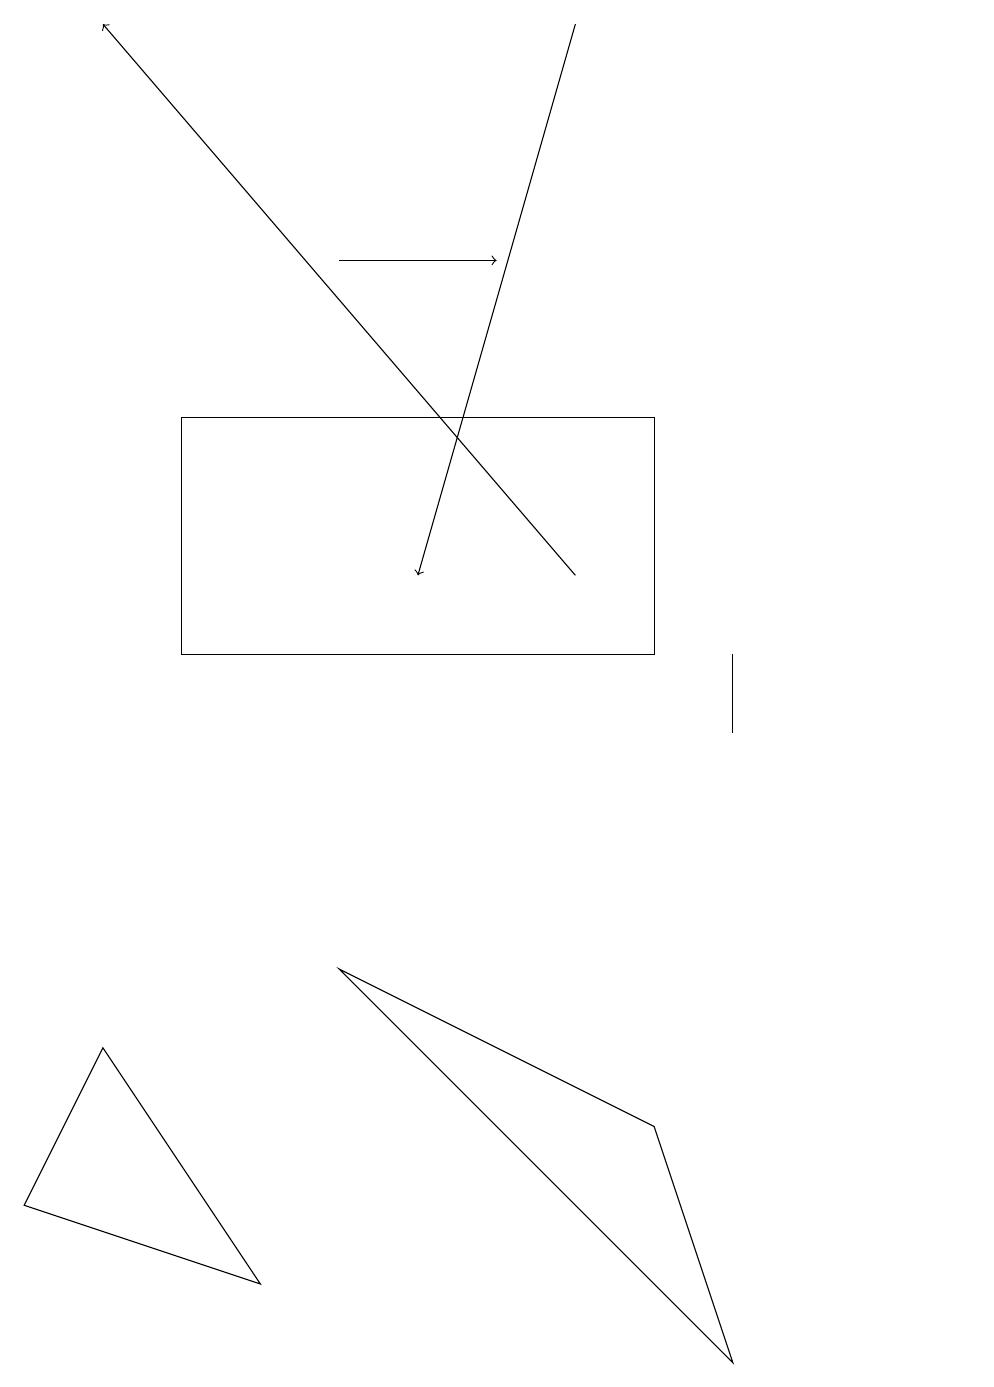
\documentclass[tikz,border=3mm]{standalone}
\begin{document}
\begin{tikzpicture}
\draw (1,6) -- (0,4) -- (3,3) -- cycle;
\draw (12,12) circle (0);
\draw[->] (4,16) -- (6,16);
\draw (4,7) -- (8,5) -- (9,2) -- cycle;
\draw[->] (7,12) -- (1,19);
\draw (2,11) rectangle (8,14);
\draw[->] (7,19) -- (5,12);
\draw (9,11) rectangle (9,10);
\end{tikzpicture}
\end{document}